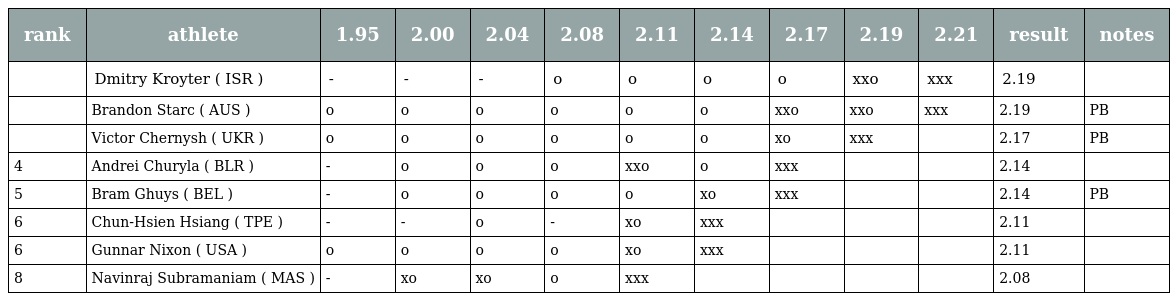
| rank | athlete | 1.95 | 2.00 | 2.04 | 2.08 | 2.11 | 2.14 | 2.17 | 2.19 | 2.21 | result | notes |
 | --- | --- | --- | --- | --- | --- | --- | --- | --- | --- | --- | --- | --- |
 |  | Dmitry Kroyter ( ISR ) | - | - | - | o | o | o | o | xxo | xxx | 2.19 |  |
 |  | Brandon Starc ( AUS ) | o | o | o | o | o | o | xxo | xxo | xxx | 2.19 | PB |
 |  | Victor Chernysh ( UKR ) | o | o | o | o | o | o | xo | xxx |  | 2.17 | PB |
 | 4 | Andrei Churyla ( BLR ) | - | o | o | o | xxo | o | xxx |  |  | 2.14 |  |
 | 5 | Bram Ghuys ( BEL ) | - | o | o | o | o | xo | xxx |  |  | 2.14 | PB |
 | 6 | Chun-Hsien Hsiang ( TPE ) | - | - | o | - | xo | xxx |  |  |  | 2.11 |  |
 | 6 | Gunnar Nixon ( USA ) | o | o | o | o | xo | xxx |  |  |  | 2.11 |  |
 | 8 | Navinraj Subramaniam ( MAS ) | - | xo | xo | o | xxx |  |  |  |  | 2.08 |  |